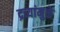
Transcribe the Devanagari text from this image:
द्रव्यांमुळे